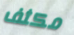
مكثف